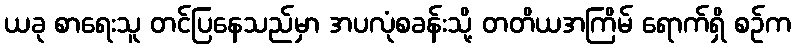
ယခု စာရေးသူ တင်ပြနေသည်မှာ အပလုံစခန်းသို့ တတိယအကြိမ် ရောက်ရှိ စဉ်က